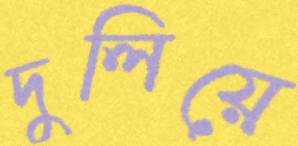
দুলিয়ে